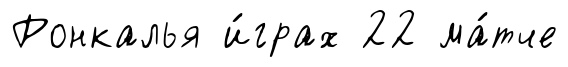
Ронкалья и́грах 22 ма́тче